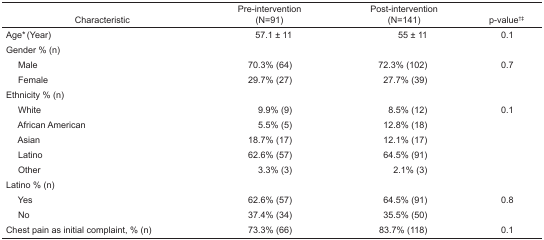
| Characteristic | Pre-intervention (N=91) | Post-intervention (N=141) | p-value†‡ |
 | --- | --- | --- | --- |
 | Age* (Year) | 57.1 ± 11 | 55 ± 11 | 0.1 |
 | <COLSPAN=4> Gender % (n) |
 | Male | 70.3% (64) | 72.3% (102) | 0.7 |
 | Female | 29.7% (27) | 27.7% (39) |  |
 | <COLSPAN=4> Ethnicity % (n) |
 | White | 9.9% (9) | 8.5% (12) | 0.1 |
 | African American | 5.5% (5) | 12.8% (18) |  |
 | Asian | 18.7% (17) | 12.1% (17) |  |
 | Latino | 62.6% (57) | 64.5% (91) |  |
 | Other | 3.3% (3) | 2.1% (3) |  |
 | <COLSPAN=4> Latino % (n) |
 | Yes | 62.6% (57) | 64.5% (91) | 0.8 |
 | No | 37.4% (34) | 35.5% (50) |  |
 | Chest pain as initial complaint, % (n) | 73.3% (66) | 83.7% (118) | 0.1 |